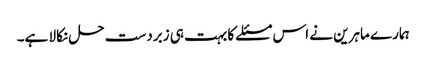
ہمارے ماہرین نے اس مسئلے کا بہت ہی زبردست حل نکالا ہے۔